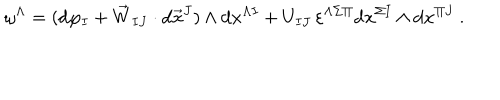
LaTeX: \omega ^ { \Lambda } = ( \mathrm { d } \varphi _ { I } + \vec { W } _ { I J } \cdot \mathrm { d } \vec { x } ^ { J } ) \wedge \mathrm { d } x ^ { \Lambda I } + U _ { I J } \, \varepsilon ^ { \Lambda \Sigma \Pi } \mathrm { d } x ^ { \Sigma I } \wedge \mathrm { d } x ^ { \Pi J } \ .